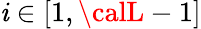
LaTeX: \mathit{i}\in[1,{\calL}-1]